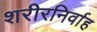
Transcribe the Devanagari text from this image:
शरीरनिर्वाह